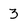
Character: 3